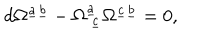
LaTeX: d \Omega ^ { \underline { { a } } \underline { { b } } } - \Omega _ { ~ \underline { { c } } } ^ { \underline { { a } } } \Omega ^ { \underline { { c } } \underline { { b } } } = 0 ,